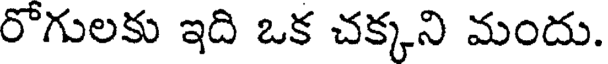
రొగులకు ఇది ఒక చక్కని మందు.